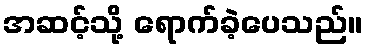
အဆင့်သို့ ရောက်ခဲ့ပေသည်။